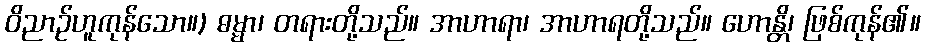
ဝိညာဉ်ဟူကုန်သော။) ဓမ္မာ၊ တရားတို့သည်။ အာဟာရာ၊ အာဟာရတို့သည်။ ဟောန္တိ၊ ဖြစ်ကုန်၏။